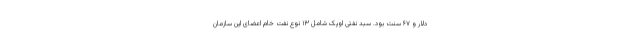
دلار و ۶۷ سنت بود. سبد نفتی اوپک شامل ۱۳ نوع نفت خام اعضای این سازمان